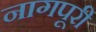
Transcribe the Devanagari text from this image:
नागपूरी